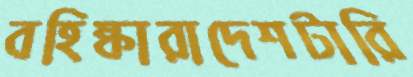
বহিষ্কারাদেশটারি